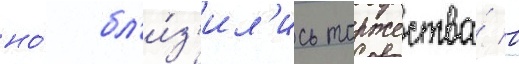
но́ бл'и́з'ил'ись торжества́ в